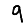
Digit: 9